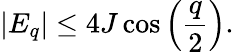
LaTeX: |E_{q}|\leq 4J\cos\left(\frac{q}{2}\right).